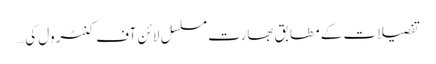
تفصیلات کے مطابق بھارت مسلسل لائن آف کنٹرول کی…